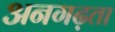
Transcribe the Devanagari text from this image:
अनगढ़ता